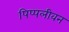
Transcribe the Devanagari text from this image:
पिप्पलीवन